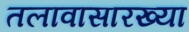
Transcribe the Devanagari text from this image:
तलावासारख्या